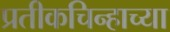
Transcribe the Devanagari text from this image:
प्रतीकचिन्हाच्या